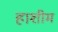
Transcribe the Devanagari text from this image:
हाशीम